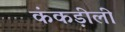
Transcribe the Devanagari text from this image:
कंकड़ीली